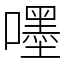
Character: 嚜